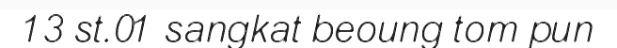
13 st.01 sangkat beoung tom pun